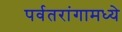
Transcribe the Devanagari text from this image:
पर्वतरांगामध्ये